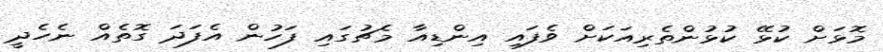
މޮޅަށް ކުޅޭ ކުޅުންތެރިއަކަށް ވެފައި އިންޑިއާ މެޗުގައި ފަހުން އެފަދަ ގޮތެއް ނެހެދީ